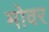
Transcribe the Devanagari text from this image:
मोवर